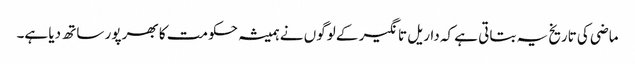
ماضی کی تاریخ یہ بتاتی ہے کہ داریل تانگیر کے لوگوں نے ہمیشہ حکومت کا بھر پور ساتھ دیا ہے۔